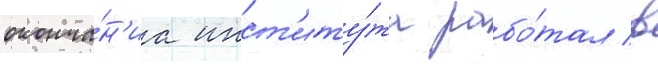
оконча́н'иа инст'иту́та рабо́тал в